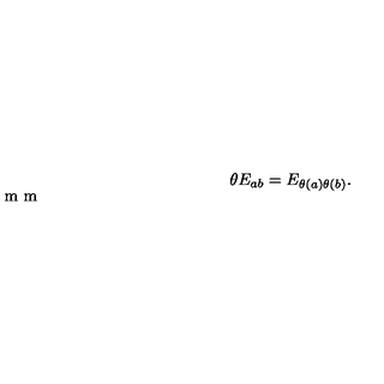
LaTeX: \theta E _ { a b } = E _ { \theta ( a ) \theta ( b ) } . \vspace { 2 m m }